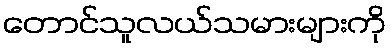
တောင်သူလယ်သမားများကို